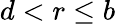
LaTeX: d<r\leq b